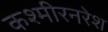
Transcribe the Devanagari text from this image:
कश्मीरनरेश